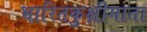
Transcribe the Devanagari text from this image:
भारितकुक्षीमाता